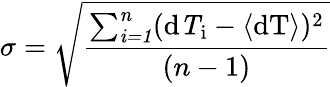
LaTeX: \sigma=\sqrt{\frac{\sum_{\mathit{i=1}}^{\mathit{n}}(\mathrm{{d}\mathit{T}_{i}-\langle\mathrm{{dT}\rangle)^{2}}}}{(n-1)}}